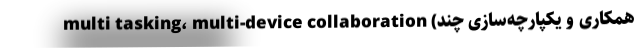
multi tasking، multi-device collaboration (همکاری و یکپارچه‌سازی چند